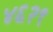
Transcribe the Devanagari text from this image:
४६२९